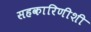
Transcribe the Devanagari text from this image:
सहकारिणीशी